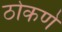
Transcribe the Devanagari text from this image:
ठोकणे